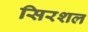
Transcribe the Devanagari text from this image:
सिरशल